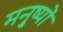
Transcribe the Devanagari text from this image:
मनु्ष्यों